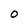
Character: O